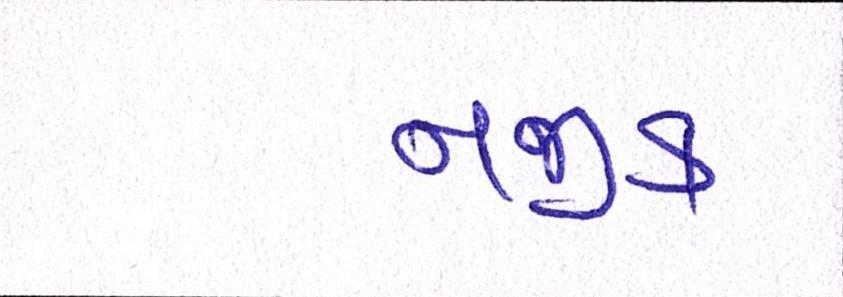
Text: નજીક